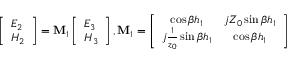
\left[ \begin{array} { l } { E _ { 2 } } \\ { H _ { 2 } } \end{array} \right] = \mathbf { M } _ { 1 } \left[ \begin{array} { l } { E _ { 3 } } \\ { H _ { 3 } } \end{array} \right] , \mathbf { M } _ { 1 } = \left[ \begin{array} { c c } { \cos \beta h _ { 1 } } & { j Z _ { 0 } \sin \beta h _ { 1 } } \\ { j \frac { 1 } { z _ { 0 } } \sin \beta h _ { 1 } } & { \cos \beta h _ { 1 } } \end{array} \right]